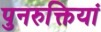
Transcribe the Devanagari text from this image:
पुनरुक्तियां